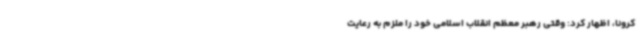
کرونا، اظهار کرد: وقتی رهبر معظم انقلاب اسلامی خود را ملزم به رعایت